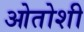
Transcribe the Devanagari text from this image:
ओतोशी